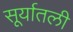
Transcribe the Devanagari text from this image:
सूर्यातली